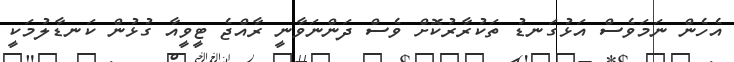
އެހެން ނަމަވެސް އަޅުގަނޑު ތަކުރާރުކޮށް ވެސް ދަންނަވާނީ ރާއްޖެ ޓީވީއާ ގުޅުން ކަނޑާލުމަކީ